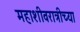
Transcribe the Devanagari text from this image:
महाशीवरात्रीच्या